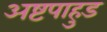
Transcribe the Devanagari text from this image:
अष्टपाहुड